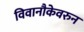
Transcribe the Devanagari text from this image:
विवानौकेवरुन